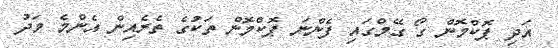
އަދި ޕޮކްމޮން ގޯ ގޭމްގައި ފެންނަ ޕޮކްމޮން ތަކުގެ ތެރެއިން އެންމެ މަދު